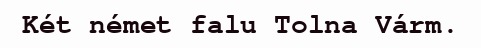
Két német falu Tolna Várm.